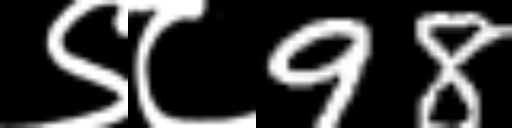
Text: ९८98